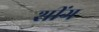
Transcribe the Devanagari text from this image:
शींग